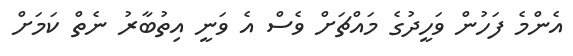
އެންމެ ފަހުން ވަހީދުގެ މައްޗަށް ވެސް އެ ވަނީ އިތުބާރު ނެތް ކަމަށް